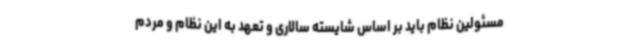
مسئولین نظام باید بر اساس شایسته سالاری و تعهد به این نظام و مردم